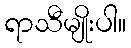
ရာသီမျိုးပါ။